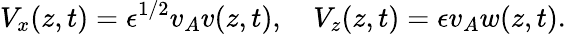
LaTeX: V_{x}(z,t)=\epsilon^{1/2}v_{A}v(z,t),\quad V_{z}(z,t)=\epsilon v_{A}w(z,t).